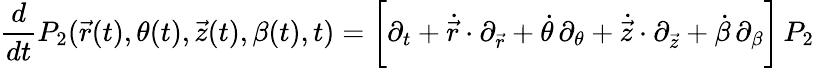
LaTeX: {\frac{d}{dt}}P_{2}(\vec{r}(t),\theta(t),\vec{z}(t),\beta(t),t)=\bigg[\partial_{t}+\dot{\vec{r}}\cdot\partial_{\vec{r}}+\dot{\theta}\, \partial_{\theta}+\dot{\vec{z}}\cdot\partial_{\vec{z}}+\dot{\beta}\, \partial_{\beta}\bigg]\, P_{2}